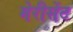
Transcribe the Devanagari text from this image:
मेरीसेंट